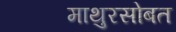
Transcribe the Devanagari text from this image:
माथुरसोबत